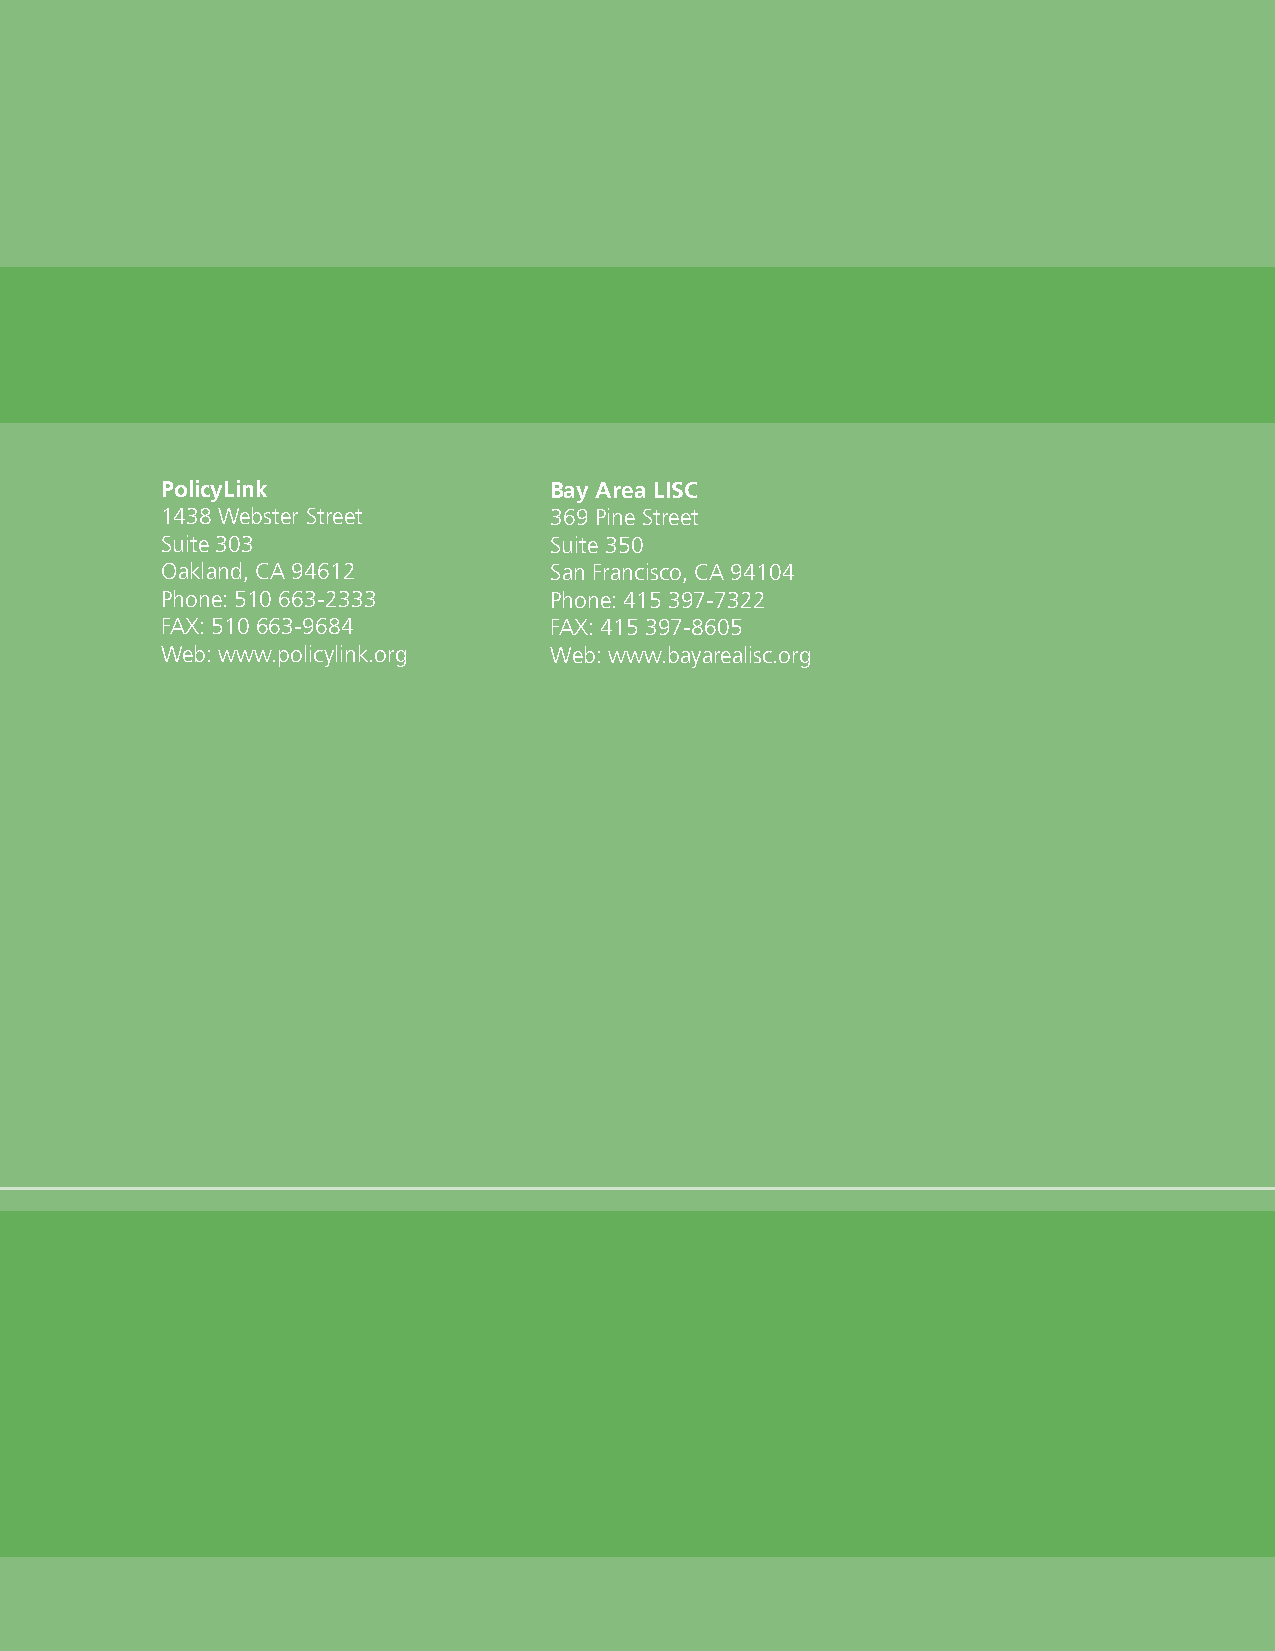
PolicyLink               Bay Area LISC
 1438 Webster Street      369 Pine Street
 Suite 303                Suite 350
 Oakland, CA 94612        San Francisco, CA 94104
 Phone: 510 663-2333      Phone: 415 397-7322
 FAX: 510 663-9684        FAX: 415 397-8605
 Web: www.policylink.org  Web: www.bayarealisc.org